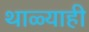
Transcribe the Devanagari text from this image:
थाळ्याही